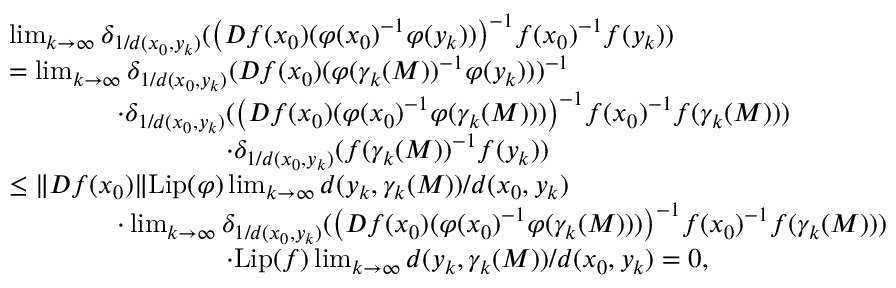
\begin{array} { r l } & { \operatorname* { l i m } _ { k \to \infty } \delta _ { 1 / d ( x _ { 0 } , y _ { k } ) } ( \big ( D f ( x _ { 0 } ) ( \varphi ( x _ { 0 } ) ^ { - 1 } \varphi ( y _ { k } ) ) \big ) ^ { - 1 } f ( x _ { 0 } ) ^ { - 1 } f ( y _ { k } ) ) } \\ & { = \operatorname* { l i m } _ { k \to \infty } \delta _ { 1 / d ( x _ { 0 } , y _ { k } ) } ( D f ( x _ { 0 } ) ( \varphi ( \gamma _ { k } ( M ) ) ^ { - 1 } \varphi ( y _ { k } ) ) ) ^ { - 1 } } \\ & { \qquad \qquad \cdot \delta _ { 1 / d ( x _ { 0 } , y _ { k } ) } ( \big ( D f ( x _ { 0 } ) ( \varphi ( x _ { 0 } ) ^ { - 1 } \varphi ( \gamma _ { k } ( M ) ) ) \big ) ^ { - 1 } f ( x _ { 0 } ) ^ { - 1 } f ( \gamma _ { k } ( M ) ) ) } \\ & { \qquad \qquad \qquad \qquad \cdot \delta _ { 1 / d ( x _ { 0 } , y _ { k } ) } ( f ( \gamma _ { k } ( M ) ) ^ { - 1 } f ( y _ { k } ) ) } \\ & { \leq \lVert D f ( x _ { 0 } ) \rVert \mathrm { L i p } ( \varphi ) \operatorname* { l i m } _ { k \to \infty } d ( y _ { k } , \gamma _ { k } ( M ) ) / d ( x _ { 0 } , y _ { k } ) } \\ & { \qquad \qquad \cdot \operatorname* { l i m } _ { k \to \infty } \delta _ { 1 / d ( x _ { 0 } , y _ { k } ) } ( \big ( D f ( x _ { 0 } ) ( \varphi ( x _ { 0 } ) ^ { - 1 } \varphi ( \gamma _ { k } ( M ) ) ) \big ) ^ { - 1 } f ( x _ { 0 } ) ^ { - 1 } f ( \gamma _ { k } ( M ) ) ) } \\ & { \qquad \qquad \qquad \qquad \cdot \mathrm { L i p } ( f ) \operatorname* { l i m } _ { k \to \infty } d ( y _ { k } , \gamma _ { k } ( M ) ) / d ( x _ { 0 } , y _ { k } ) = 0 , } \end{array}